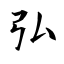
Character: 弘